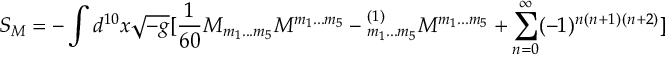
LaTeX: S _ { M } = - \int d ^ { 1 0 } x \sqrt { - g } [ { \frac { 1 } { 6 0 } } M _ { m _ { 1 } . . . m _ { 5 } } M ^ { m _ { 1 } . . . m _ { 5 } } - \L _ { m _ { 1 } . . . m _ { 5 } } ^ { ( 1 ) } { M } ^ { m _ { 1 } . . . m _ { 5 } } + \sum _ { n = 0 } ^ { \infty } ( - 1 ) ^ { n } \L ^ { ( n + 1 ) } \L ^ { ( n + 2 ) } ]